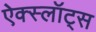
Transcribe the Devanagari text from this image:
ऐक्स्लॉट्स